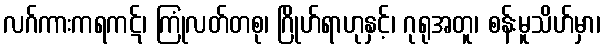
လဂ်ကားကရကဋ်၊ ကြုံလတ်တစု၊ ဂြိုဟ်ရာဟုနှင့်၊ ဂုရုအတူ၊ စန်းမူသိဟ်မှာ၊